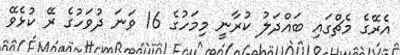
އެރޭގެ މެޗްގައި ބައްދަލު ކުރާނީ މިމަހުގެ 16 ވަނަ ދުވަހުުގެ ރޭ ކުޅެވޭ